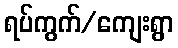
ရပ်ကွက်/ကျေးရွာ